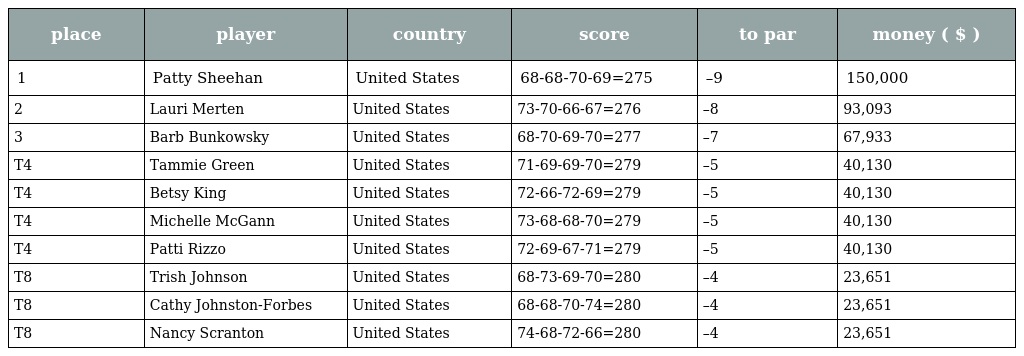
| place | player | country | score | to par | money ( $ ) |
 | --- | --- | --- | --- | --- | --- |
 | 1 | Patty Sheehan | United States | 68-68-70-69=275 | –9 | 150,000 |
 | 2 | Lauri Merten | United States | 73-70-66-67=276 | –8 | 93,093 |
 | 3 | Barb Bunkowsky | United States | 68-70-69-70=277 | –7 | 67,933 |
 | T4 | Tammie Green | United States | 71-69-69-70=279 | –5 | 40,130 |
 | T4 | Betsy King | United States | 72-66-72-69=279 | –5 | 40,130 |
 | T4 | Michelle McGann | United States | 73-68-68-70=279 | –5 | 40,130 |
 | T4 | Patti Rizzo | United States | 72-69-67-71=279 | –5 | 40,130 |
 | T8 | Trish Johnson | United States | 68-73-69-70=280 | –4 | 23,651 |
 | T8 | Cathy Johnston-Forbes | United States | 68-68-70-74=280 | –4 | 23,651 |
 | T8 | Nancy Scranton | United States | 74-68-72-66=280 | –4 | 23,651 |